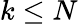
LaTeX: k\leq N